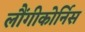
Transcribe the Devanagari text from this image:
लौंगीकोर्निस